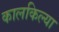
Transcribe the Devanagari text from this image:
कालकिल्या